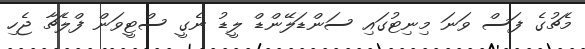
މެޗުގެ ފަސް ވަނަ މިނިޓުގައި ސަންޑަލޭންޑް ލީޑު ނެގީ ސްޓީވަން ފްލެޗާ ޖެހި